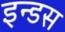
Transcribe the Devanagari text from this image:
इन्‍डस